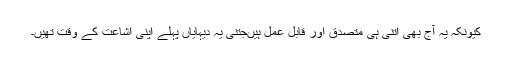
کیونکہ یہ آج بھی اتنی ہی متصدق اور قابل عمل ہیںجتنی یہ دیہایاں پہلے اپنی اشاعت کے وقت تھیں۔